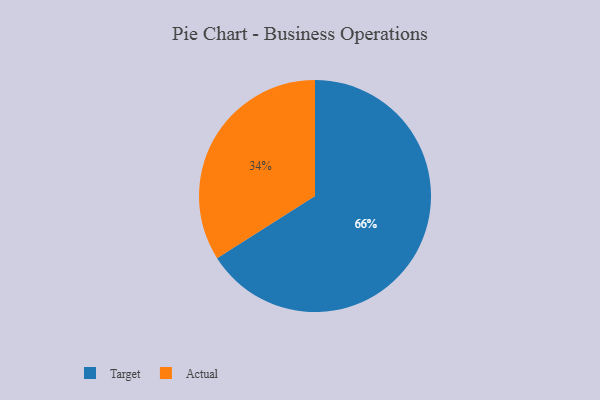
{"axis": {"x": "Category", "y": "Percentage"}, "legend": ["Actual", "Target"], "data": [{"x": "Target", "y": 66, "type": "Target"}, {"x": "Actual", "y": 34, "type": "Actual"}]}